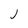
Character: j